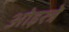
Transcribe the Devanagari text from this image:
ओइस्त्रे